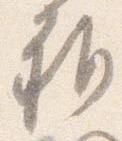
雅